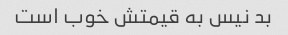
بد نیس به قیمتش خوب است